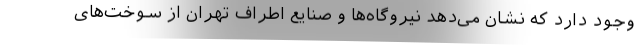
وجود دارد که نشان می‌دهد نیروگاه‌ها و صنایع اطراف تهران از سوخت‌های